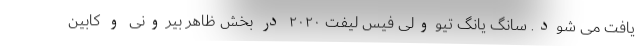
یافت می شود. سانگ یانگ تیوولی فیس لیفت ۲۰۲۰ در بخش ظاهر بیرونی و کابین